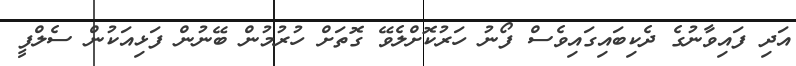
އަދި ފައިވާނުގެ ދެކިބައިގައިވެސް ފޯނު ހަރުކޮށްލެވޭ ގޮތަށް ހުރުމުން ބޭނުން ފަޅިއަކުން ސެލްފީ